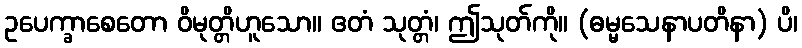
ဥပေက္ခာစေတော ဝိမုတ္တိဟူသော။ ဧတံ သုတ္တံ၊ ဤသုတ်ကို။ (ဓမ္မသေနာပတိနာ) ပိ၊